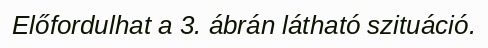
Előfordulhat a 3. ábrán látható szituáció.